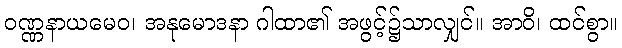
ဝဏ္ဏနာယမေဝ၊ အနုမောဒနာ ဂါထာ၏ အဖွင့်၌သာလျှင်။ အာဝိ၊ ထင်စွာ။